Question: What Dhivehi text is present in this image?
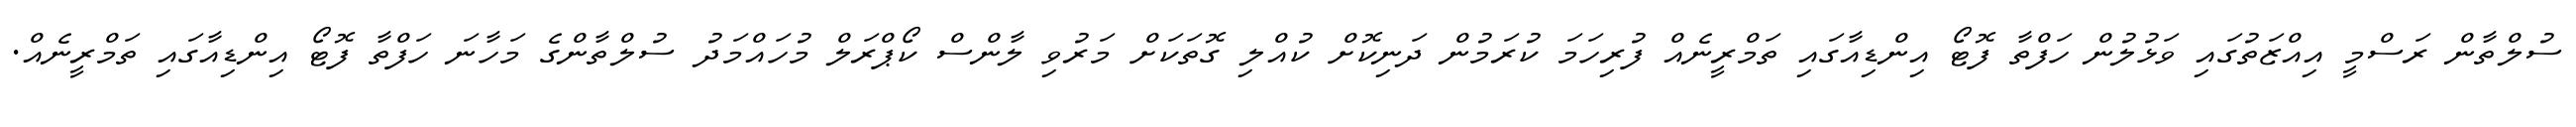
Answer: ސުލްތާން ރަސްމީ އިއްޒަތުގައި ވަޅުލުން ހަފްތާ ފޮޓޯ އިންޑިއާގައި ތަމްރީނެއް ފުރިހަމަ ކުރަމުން ދަނިކޮށް ކުއްލި ގޮތަކަށް މަރުވި ލާންސް ކޯޕްރަލް މުހައްމަދު ސުލްތާންގެ މަހާނަ ހަފްތާ ފޮޓޯ އިންޑިއާގައި ތަމްރީނެއް.